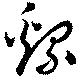
緜